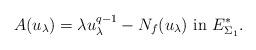
LaTeX: \begin{align*}A(u_{\lambda})=\lambda u_{\lambda}^{q-1}-N_f(u_{\lambda})\ \mbox{in}\ E^*_{\Sigma_1}.\end{align*}